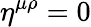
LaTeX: \eta^{\mu\rho}=0